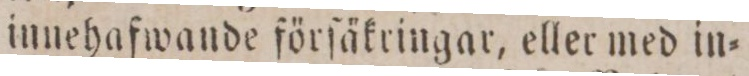
innehafwande förſäkringar, eller med in=